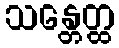
သန္တေတ္ထ